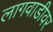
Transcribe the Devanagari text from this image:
लागवाडीवर